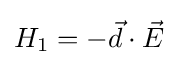
H_{1}=-{\vec {d}}\cdot {\vec {E}}